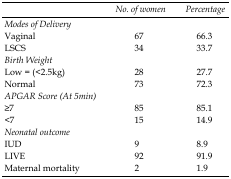
<table><thead><tr><td></td><td><b>No. of women</b></td><td><b>Percentage</b></td></tr></thead><tbody><tr><td colspan="3"><i>Modes of Delivery</i></td></tr><tr><td>Vaginal</td><td>67</td><td>66.3</td></tr><tr><td>LSCS</td><td>34</td><td>33.7</td></tr><tr><td colspan="3"><i>Birth Weight</i></td></tr><tr><td>Low = (&lt;2.5kg)</td><td>28</td><td>27.7</td></tr><tr><td>Normal</td><td>73</td><td>72.3</td></tr><tr><td colspan="3"><i>APGAR Score (At 5min)</i></td></tr><tr><td>≥7</td><td>85</td><td>85.1</td></tr><tr><td>&lt;7</td><td>15</td><td>14.9</td></tr><tr><td colspan="3"><i>Neonatal outcome</i></td></tr><tr><td>IUD</td><td>9</td><td>8.9</td></tr><tr><td>LIVE</td><td>92</td><td>91.9</td></tr><tr><td><i>Maternal mortality</i></td><td>2</td><td>1.9</td></tr></tbody></table>